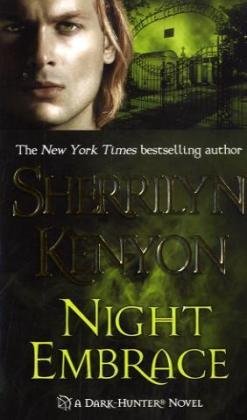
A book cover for Night Embrace (Dark-Hunter, Book 3); Sherrilyn Kenyon; Romance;